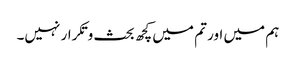
ہم میں اور تم میں کچھ بحث وتکرار نہیں۔